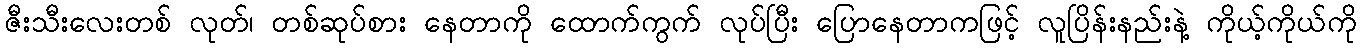
ဇီးသီးလေးတစ် လုတ်၊ တစ်ဆုပ်စား နေတာကို ထောက်ကွက် လုပ်ပြီး ပြောနေတာကဖြင့် လူပြိန်းနည်းနဲ့ ကိုယ့်ကိုယ်ကို